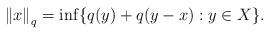
LaTeX: \begin{align*}\left\|{x}\right\|_q=\inf\{q(y)+q(y-x):y\in X\}.\end{align*}